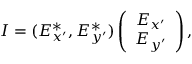
\begin{array} { r } { \boldsymbol { I } = ( E _ { x ^ { \prime } } ^ { * } , E _ { y ^ { \prime } } ^ { * } ) \left( \begin{array} { c } { E _ { x ^ { \prime } } } \\ { E _ { y ^ { \prime } } } \end{array} \right) , } \end{array}